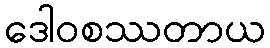
ဒေါဝစဿတာယ